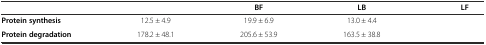
<table><thead><tr><td>[EMPTY_CELL]</td><td>[EMPTY_CELL]</td><td><b>BF</b></td><td><b>LB</b></td><td><b>LF</b></td></tr></thead><tbody><tr><td><b>Protein synthesis</b></td><td>12.5 ± 4.9</td><td>19.9 ± 6.9</td><td>13.0 ± 4.4</td><td>[EMPTY_CELL]</td></tr><tr><td><b>Protein degradation</b></td><td>178.2 ± 48.1</td><td>205.6 ± 53.9</td><td>163.5 ± 38.8</td><td>[EMPTY_CELL]</td></tr></tbody></table>